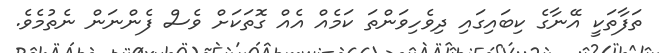
ތަފާތަކީ އޭނާގެ ކިބައިގައި ދިވެހިވަންތަ ކަމެއް އެއް ގޮތަކަށް ވެސް ފެންނަން ނެތުމެވެ.